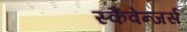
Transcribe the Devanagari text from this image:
स्कैवेन्जर्स